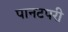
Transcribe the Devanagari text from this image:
पानटपरी